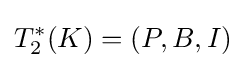
T_{2}^{*}(K)=(P,B,I)